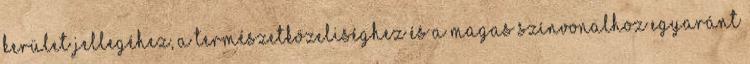
kerület jellegéhez, a természetközeliséghez és a magas színvonalhoz egyaránt